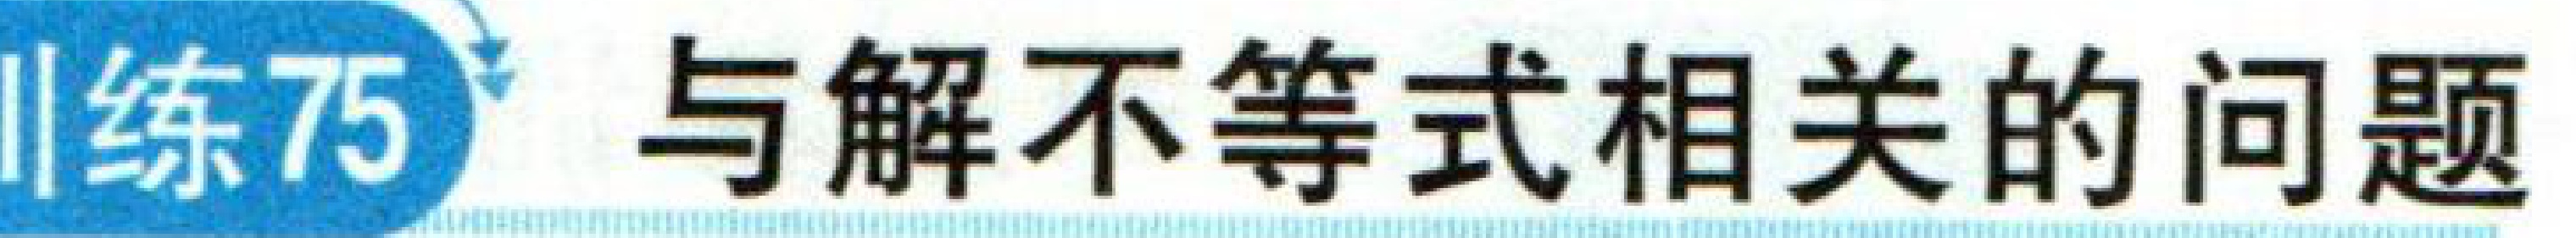
训练75 与解不等式相关的问题